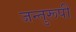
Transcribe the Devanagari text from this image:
जन्तुरूपी